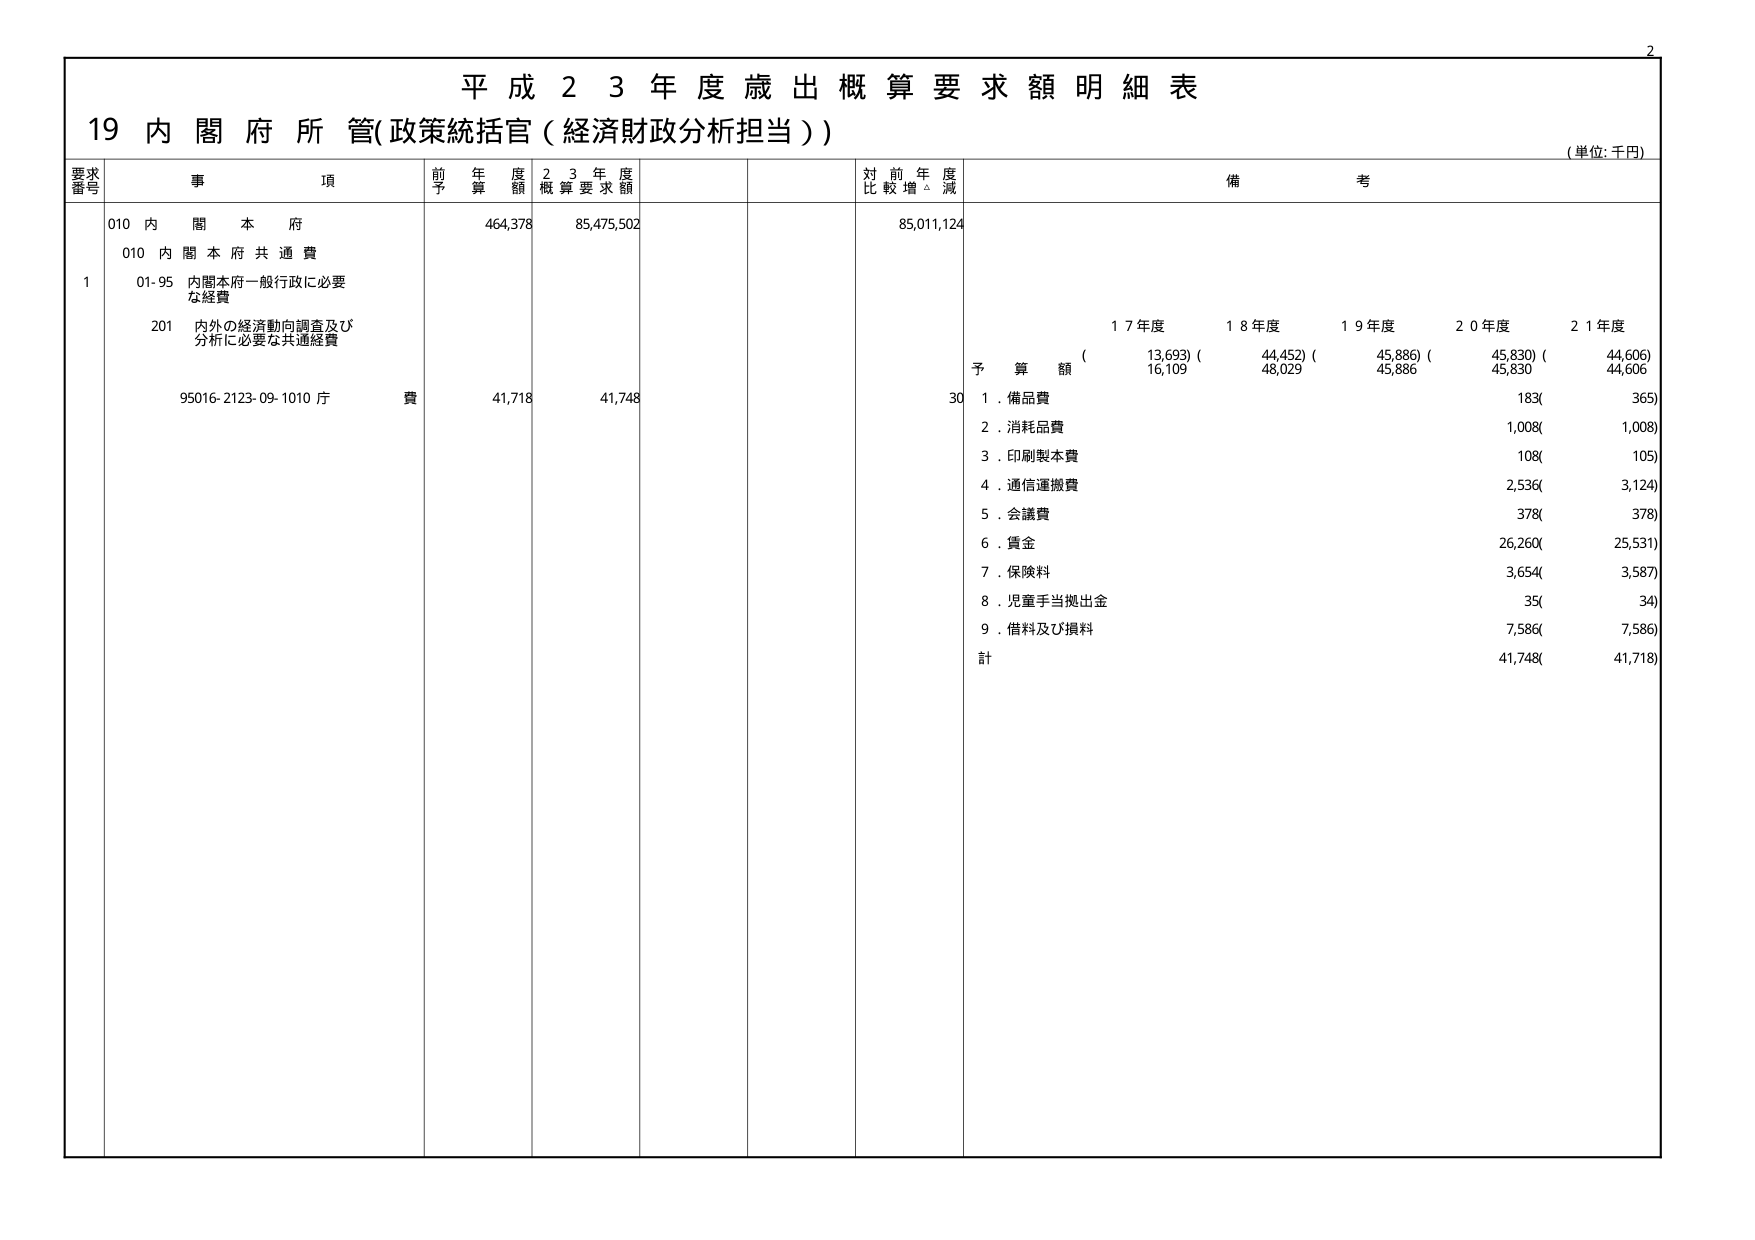
平成２３年度歳出概算要求額明細表
19 内閣府所管(政策統括官（経済財政分析担当）)
(単位:千円)

要求番号 事項 前年度予算額 23年度概算要求額 対前年度比較増減 備考

010 内閣本府 464,378 85,475,502 85,011,124
　010 内閣本府共通費
　　1 01-95 内閣本府一般行政に必要な経費
　　　201 内外の経済動向調査及び分析に必要な共通経費
　　　　95016-2123-09-1010 庁費 41,718 41,748 30